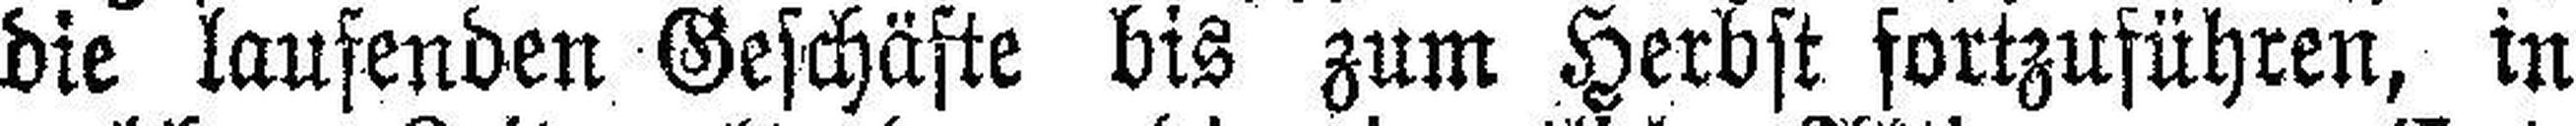
die laufenden Geschäfte bis zum Herbst fortzuführen, in